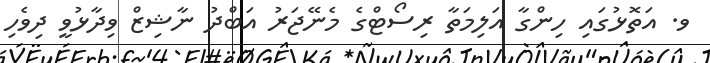
ވ. އަތޮޅުގައި ހިންގާ އަލިމަތާ ރިސޯޓްގެ މެނޭޖަރު އަބްދު ނާޝިޒް ވިދާޅުވީ ދިވެހި